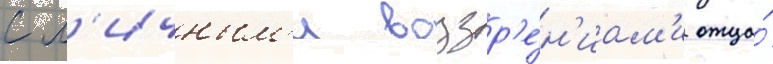
с л'ичным'и воззр'е́н'иам'и отца́